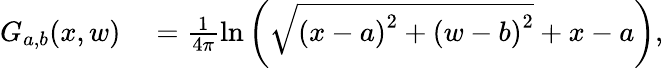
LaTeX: \begin{array}{rl}{G_{a,b}(x,w)}&{{}=\frac{1}{4\pi}\ln{\left(\sqrt{\left(x-a\right)^{2}+\left(w-b\right)^{2}}+x-a\right)},}\end{array}